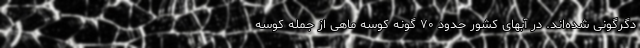
دگرگونی شده‌اند. در آبهای کشور حدود ۷۰ گونه کوسه ماهی از جمله کوسه